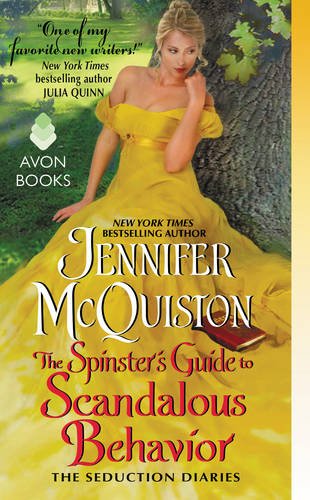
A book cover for The Spinster's Guide to Scandalous Behavior: The Seduction Diaries; Jennifer McQuiston; Romance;